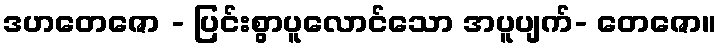
ဒဟတေဇော - ပြင်းစွာပူလောင်သော အပူပျက်- တေဇော။